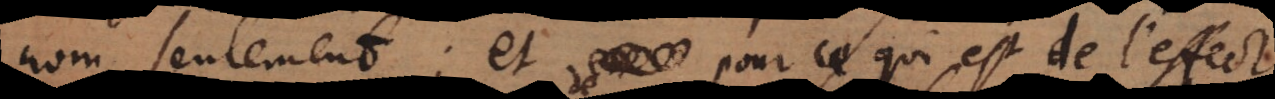
nom seulement; et pour ce qui est de l’effect